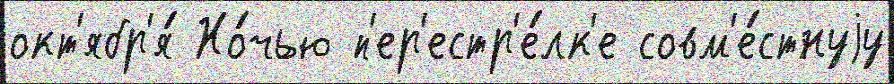
окт'ябр'я́ Но́чью п'ер'естр'е́лк'е совм'е́стнуjу